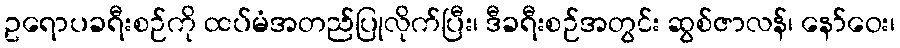
ဥရောပခရီးစဉ်ကို ထပ်မံအတည်ပြုလိုက်ပြီး၊ ဒီခရီးစဉ်အတွင်း ဆွစ်ဇာလန်၊ နော်ဝေး၊